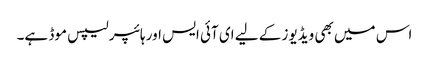
اس میں بھی ویڈیوز کے لیے ای آئی ایس اور ہائپر لیپس موڈ ہے۔